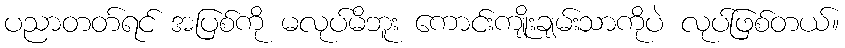
ပညာတတ်ရင် အပြစ်ကို မလုပ်မိဘူး ကောင်းကျိုးချမ်းသာကိုပဲ လုပ်ဖြစ်တယ်။